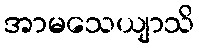
အာမသေယျာသိ